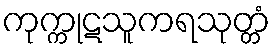
ကုက္ကုဋသူကရသုတ္တံ